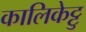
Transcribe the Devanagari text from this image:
कालिकेट्टु